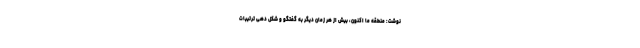
نوشت: منطقه ما اکنون، بیش از هر زمان دیگر به گفتگو و شکل دهی ترتیبات